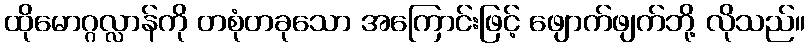
ထိုမောဂ္ဂလ္လာန်ကို တစုံတခုသော အကြောင်းဖြင့် ဖျောက်ဖျက်ဘို့ လိုသည်။